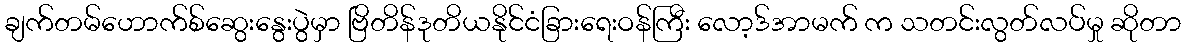
ချက်တမ်ဟောက်စ်ဆွေးနွေးပွဲမှာ ဗြိတိန်ဒုတိယနိုင်ငံခြားရေးဝန်ကြီး လော့ဒ်အာမက် က သတင်းလွတ်လပ်မှု ဆိုတာ